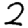
Digit: 2